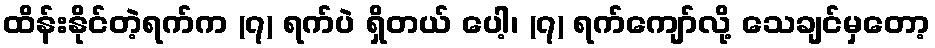
ထိန်းနိုင်တဲ့ရက်က (၇) ရက်ပဲ ရှိတယ် ပေါ့၊ (၇) ရက်ကျော်လို့ သေချင်မှတော့